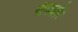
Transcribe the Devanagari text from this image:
सैक्योर